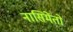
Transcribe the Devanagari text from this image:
नासिमेंतो